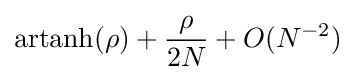
\operatorname {artanh} (\rho )+{\frac {\rho }{2N}}+O(N^{-2})